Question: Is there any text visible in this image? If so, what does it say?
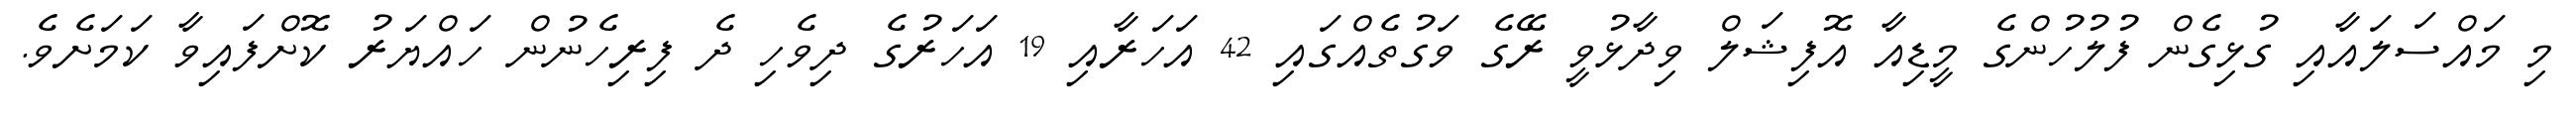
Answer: މި މައްސަލައާއި ގުޅިގެން ފުލުހުންގެ މީޑިއާ އޮފިޝަލް ވިދާޅުވީ ރޭގެ ވަގުތެއްގައި 42 އަހަރާއި 19 އަހަރުގެ ދިވެހި ދެ ފިރިހެނުން ހައްޔަރު ކޮށްފައިވާ ކަމަށެވެ.